Trukikaitis_Postimees, lk 235
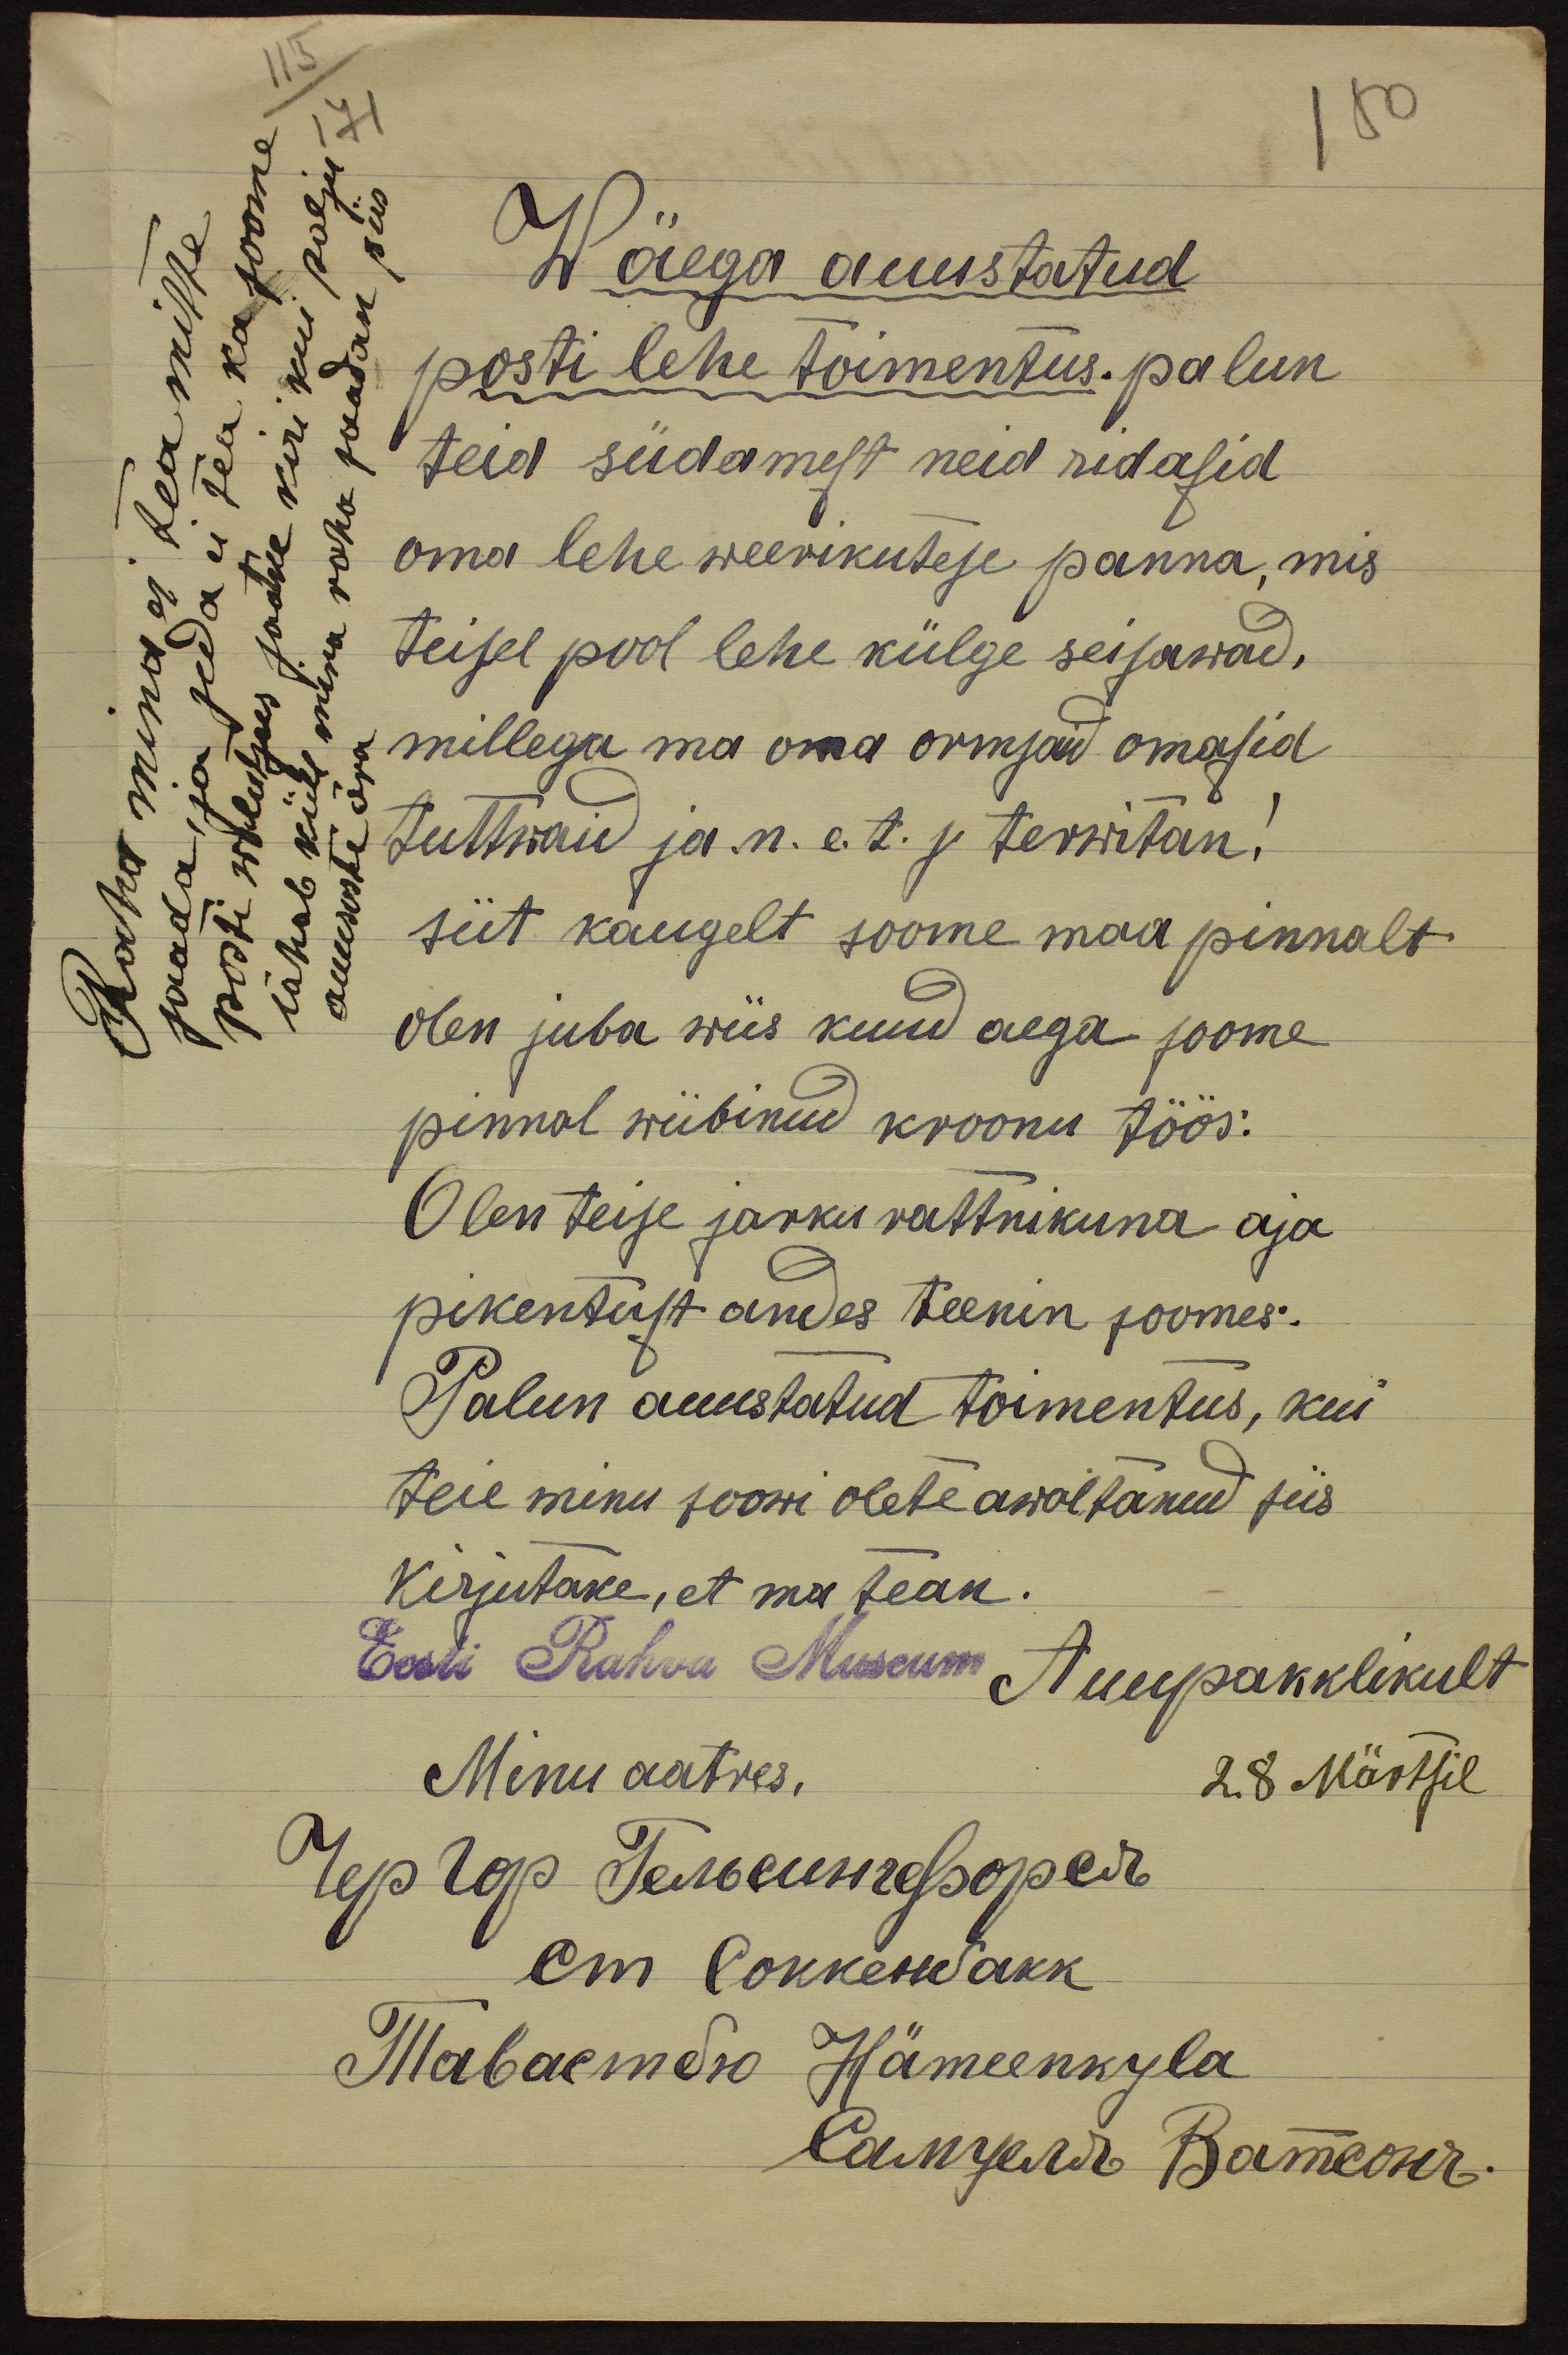
115
150
171
Wäega auustatud
posti lehe toimentus. palun
teid südamest neid ridasid
oma lehe weerikutese panna, mis
teisel pool lehe külge seisawad.
millega ma oma armsaid omasid
tuttwaid ja n. e. t. j terwitan!
siit kaugelt soome maa pinnalt
olen juba wiis kuud aega soome
pinnal wiibinud kroonu töös:
Olen teise järku rattnikuna aja
pikentust andes teenin soomes.
Palun auustatud toimentus, kui
teie minu soowi olete awaltanud siis
Kirjutake, et ma tean.
Eesti Rahva Museum Auupakklikult
Minu aatres.
28 Märtsil
Гер чор Гелелизорелъ
Ст скккелакk
Мавастдо Натесенкуla
Сатзслий Ватсолъ.